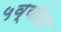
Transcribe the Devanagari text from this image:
५व्यांदा